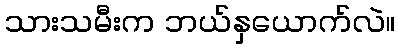
သားသမီးက ဘယ်နှယောက်လဲ။